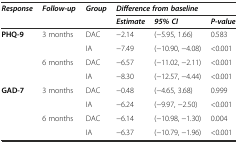
| <ROWSPAN=2> Response | <ROWSPAN=2> Follow-up | <ROWSPAN=2> Group | <COLSPAN=3> Difference from baseline |
 | Estimate | 95% CI | P-value |
 | --- | --- | --- | --- | --- | --- |
 | <ROWSPAN=4> PHQ-9 | <ROWSPAN=2> 3 months | DAC | −2.14 | (−5.95, 1.66) | 0.583 |
 | IA | −7.49 | (−10.90, −4.08) | <0.001 |
 | <ROWSPAN=2> 6 months | DAC | −6.57 | (−11.02, −2.11) | <0.001 |
 | IA | −8.30 | (−12.57, −4.44) | <0.001 |
 | <ROWSPAN=4> GAD-7 | <ROWSPAN=2> 3 months | DAC | −0.48 | (−4.65, 3.68) | 0.999 |
 | IA | −6.24 | (−9.97, −2.50) | <0.001 |
 | <ROWSPAN=2> 6 months | DAC | −6.14 | (−10.98, −1.30) | 0.004 |
 | IA | −6.37 | (−10.79, −1.96) | <0.001 |